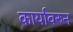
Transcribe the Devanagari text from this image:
कार्यावरुन